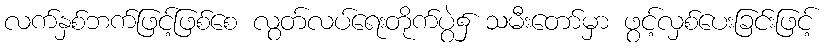
လက်နှစ်ဘက်ဖြင့်ဖြစ်စေ လွတ်လပ်ရေးတိုက်ပွဲ၌ သမီးတော်မှာ ဖွင့်လှစ်ပေးခြင်းဖြင့်